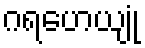
ဂရဟေယျုံ